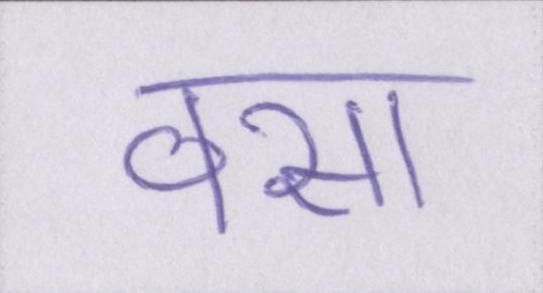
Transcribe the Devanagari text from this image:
वसा